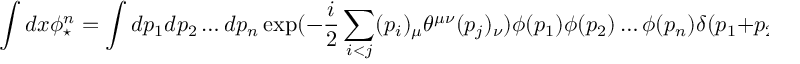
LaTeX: \int d x \phi _ { \star } ^ { n } = \int d p _ { 1 } d p _ { 2 } \ldots d p _ { n } \exp ( - \frac { i } { 2 } \sum _ { i < j } ( p _ { i } ) _ { \mu } \theta ^ { \mu \nu } ( p _ { j } ) _ { \nu } ) \phi ( p _ { 1 } ) \phi ( p _ { 2 } ) \ldots \phi ( p _ { n } ) \delta ( p _ { 1 } + p _ { 2 } + \ldots + p _ { n } )